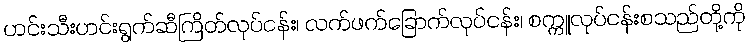
ဟင်းသီးဟင်းရွက်ဆီကြိတ်လုပ်ငန်း၊ လက်ဖက်ခြောက်လုပ်ငန်း၊ စက္ကူလုပ်ငန်းစသည်တို့ကို